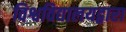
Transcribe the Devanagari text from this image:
विश्वविद्यालयद्वारा